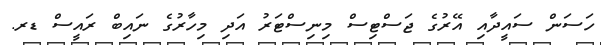
ހަސަން ސައީދާއި އޭރުގެ ޖަސްޓިސް މިނިސްޓަރު އަދި މިހާރުގެ ނައިބް ރައީސް ޑރ.